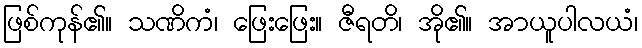
ဖြစ်ကုန်၏။ သဏိကံ၊ ဖြေးဖြေး။ ဇီရတိ၊ အို၏။ အာယူပါလယံ၊